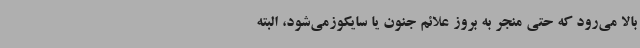
بالا می‌رود که حتی منجر به بروز علائم جنون یا سایکوزمی‌شود، البته